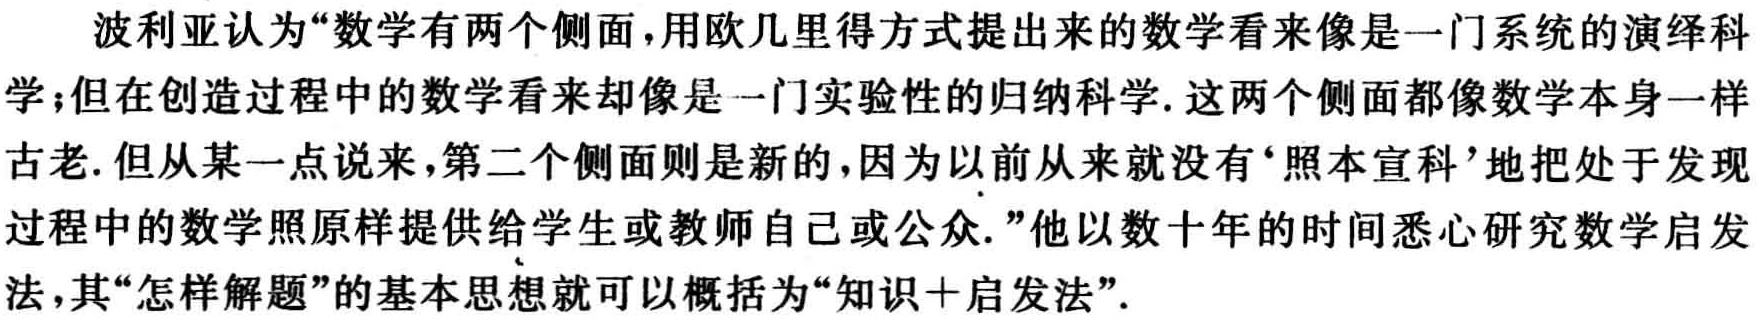
波利亚认为“数学有两个侧面，用欧几里得方式提出来的数学看来像是一门系统的演绎科学；但在创造过程中的数学看来却像是一门实验性的归纳科学. 这两个侧面都像数学本身一样古老. 但从某一点说来，第二个侧面则是新的，因为以前从来就没有‘照本宣科’地把处于发现过程中的数学照原样提供给学生或教师自己或公众.”他以数十年的时间悉心研究数学启发法，其“怎样解题”的基本思想就可以概括为“知识＋启发法”.